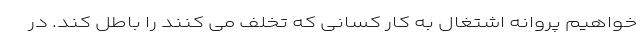
خواهیم پروانه اشتغال به کار کسانی که تخلف می کنند را باطل کند. در